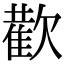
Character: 𭭕